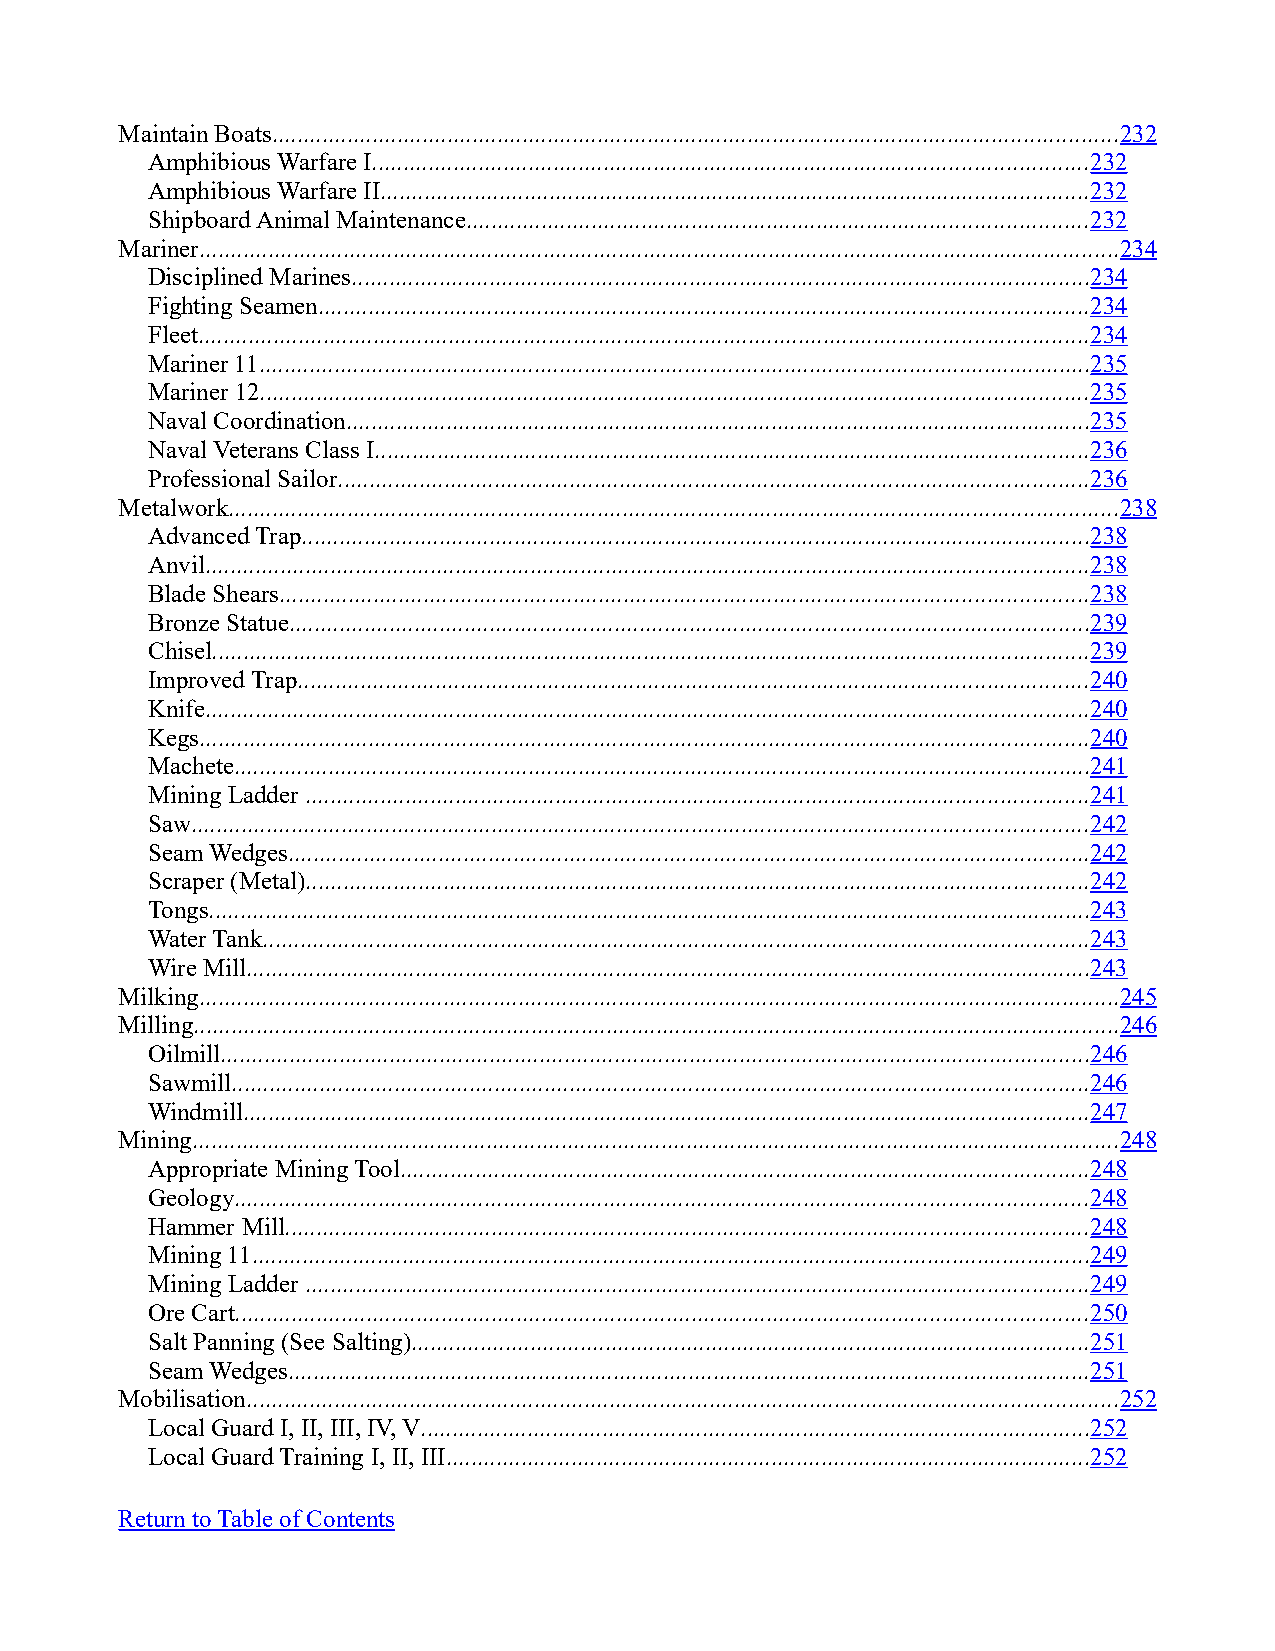
Maintain Boats.......................................................................................................................................232
 Amphibious Warfare I..................................................................................................................232
 Amphibious Warfare II.................................................................................................................232
 Shipboard Animal Maintenance...................................................................................................232
 Mariner...................................................................................................................................................234
 Disciplined Marines......................................................................................................................234
 Fighting Seamen...........................................................................................................................234
 Fleet..............................................................................................................................................234
 Mariner 11.....................................................................................................................................235
 Mariner 12....................................................................................................................................235
 Naval Coordination.......................................................................................................................235
 Naval Veterans Class I..................................................................................................................236
 Professional Sailor........................................................................................................................236
 Metalwork..............................................................................................................................................238
 Advanced Trap..............................................................................................................................238
 Anvil.............................................................................................................................................238
 Blade Shears.................................................................................................................................238
 Bronze Statue................................................................................................................................239
 Chisel............................................................................................................................................239
 Improved Trap..............................................................................................................................240
 Knife.............................................................................................................................................240
 Kegs..............................................................................................................................................240
 Machete.........................................................................................................................................241
 Mining Ladder .............................................................................................................................241
 Saw...............................................................................................................................................242
 Seam Wedges................................................................................................................................242
 Scraper (Metal).............................................................................................................................242
 Tongs.............................................................................................................................................243
 Water Tank....................................................................................................................................243
 Wire Mill.......................................................................................................................................243
 Milking...................................................................................................................................................245
 Milling....................................................................................................................................................246
 Oilmill...........................................................................................................................................246
 Sawmill.........................................................................................................................................246
 Windmill.......................................................................................................................................247
 Mining....................................................................................................................................................248
 Appropriate Mining Tool..............................................................................................................248
 Geology........................................................................................................................................248
 Hammer Mill................................................................................................................................248
 Mining 11......................................................................................................................................249
 Mining Ladder .............................................................................................................................249
 Ore Cart........................................................................................................................................250
 Salt Panning (See Salting)............................................................................................................251
 Seam Wedges................................................................................................................................251
 Mobilisation...........................................................................................................................................252
 Local Guard I, II, III, IV, V...........................................................................................................252
 Local Guard Training I, II, III.......................................................................................................252
 Return to Table of Contents